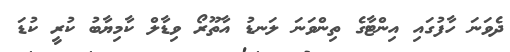
ދެވަނަ ހާފުގައި އިންޓާގެ ތިންވަނަ ލަނޑު އާތޫރޯ ވިޑާލް ކާމިޔާބު ކުރީ ކުޑަ